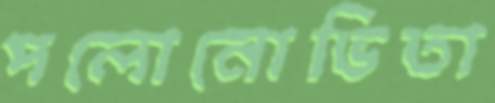
পলোনোভিতা